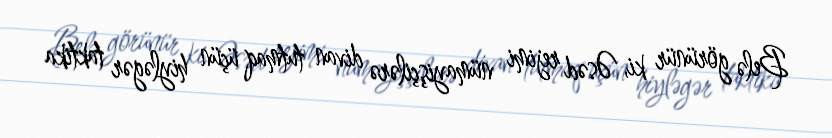
Belə görünür ki, Əsəd rejimi nümayişçilərə divan tutmaq üçün hiyləgər taktika